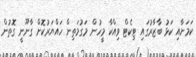
ކަމަށާއި ކަޅު ބާޒާރުގައި ޓިކެޓް ވިއްކާ މީހުން މަގުމަތިން ހައްޔަރުކޮށް ގާނޫނީ ގޮތުން